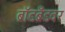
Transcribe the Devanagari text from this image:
ब्रॉडब्रँडवर